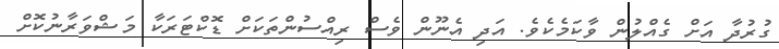
ގުރުދާ އަށް ގެއްލުން ވާކަމެކެވެ. އަދި އެނޫން ވެސް ރިއްސުންތަކަށް ޑޮކްޓަރަކާ މަޝްވަރާނުކޮށް